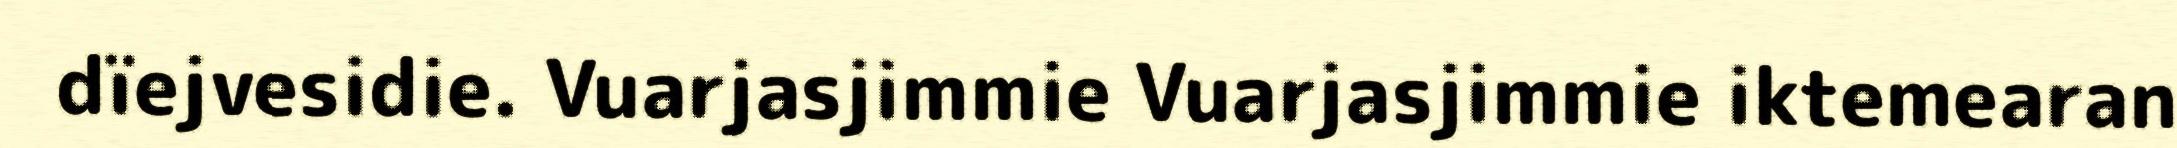
dïejvesidie. Vuarjasjimmie Vuarjasjimmie iktemearan